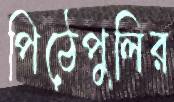
পিঠেপুলির